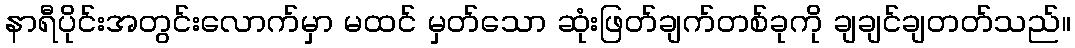
နာရီပိုင်းအတွင်းလောက်မှာ မထင် မှတ်သော ဆုံးဖြတ်ချက်တစ်ခုကို ချချင်ချတတ်သည်။